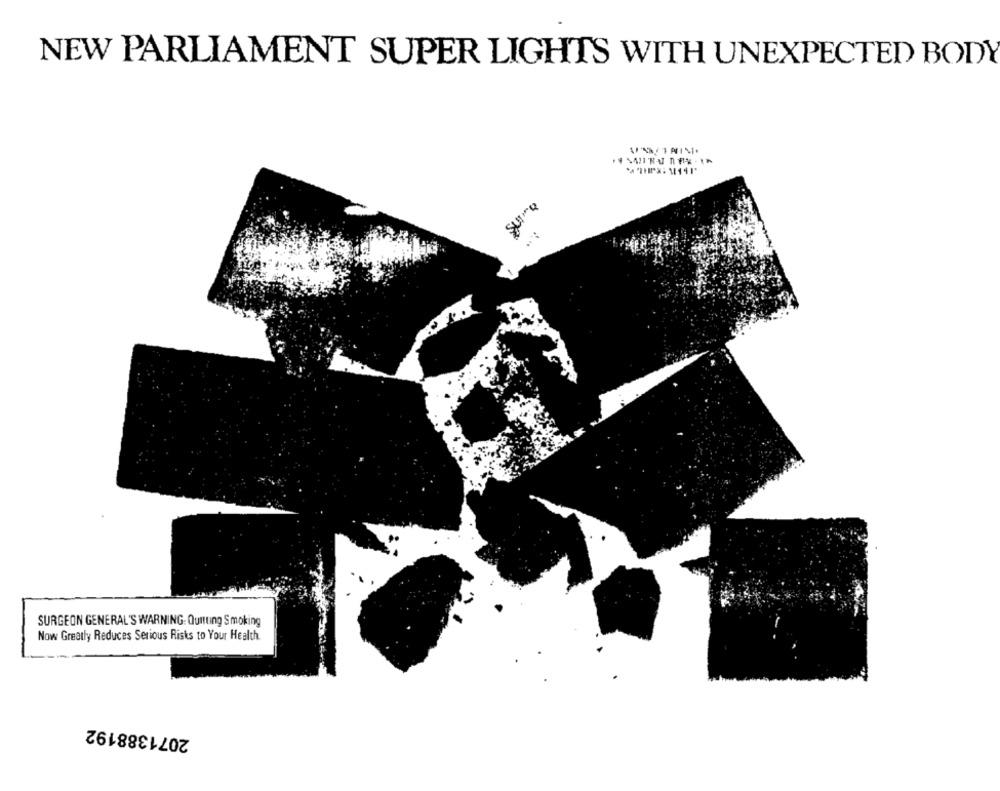
NEW PARLIAMENT SUPER LIGHTS WITH UNEXPECTED BODY
SUIQ
SURGEON GENERAL'S WARNING: Quitting Smoking
Now Greatly Reduces Serious Risks to Your Health
2071388192